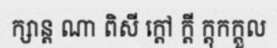
ក្សាន្ត ណា ពិសី ក្តៅ ក្តី ក្តុកក្តួល